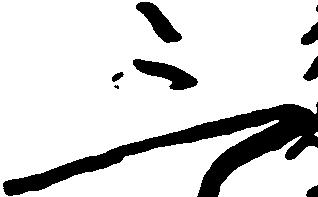
三